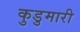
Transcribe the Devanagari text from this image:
कुडुमारी